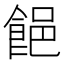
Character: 䭂